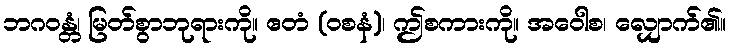
ဘဂဝန္တံ၊ မြတ်စွာဘုရားကို။ ဧတံ (ဝစနံ)၊ ဤစကားကို။ အဝေါစ၊ လျှောက်၏။